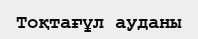
Тоқтағұл ауданы